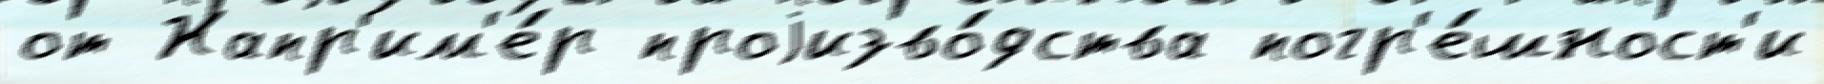
от Напр'им'е́р проjизво́дства погр'е́шност'и